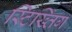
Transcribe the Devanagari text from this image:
स्टिख्तिंग